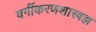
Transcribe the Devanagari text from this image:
वर्गीकरणशास्त्रज्ञ